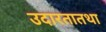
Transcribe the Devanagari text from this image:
उदारतातथा